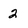
Character: 2